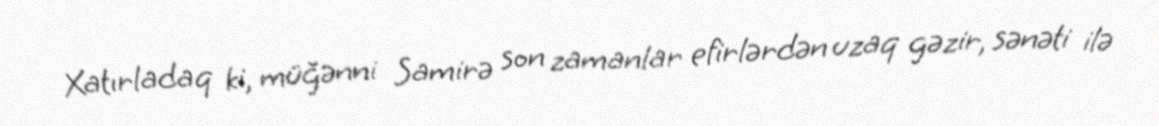
Xatırladaq ki, müğənni Samirə son zamanlar efirlərdən uzaq gəzir, sənəti ilə